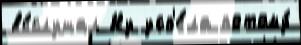
вы́слушал Ну усп'е́ла потому́